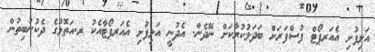
އަލިފުށި އެއަރޕޯޓް ފުސްފަރަށް ބަދަލުކުރާކަށް ނޭދެން. އެދުނީ އަލިފުށި އެއަރޕޯޓާއެކު ރ.އަތޮޅުގެ ދެކުނުބިތުން